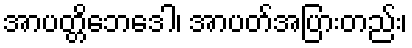
အာပတ္တိဘေဒေါ၊ အာပတ်အပြားတည်း၊